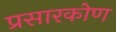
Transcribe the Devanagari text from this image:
प्रसारकोण